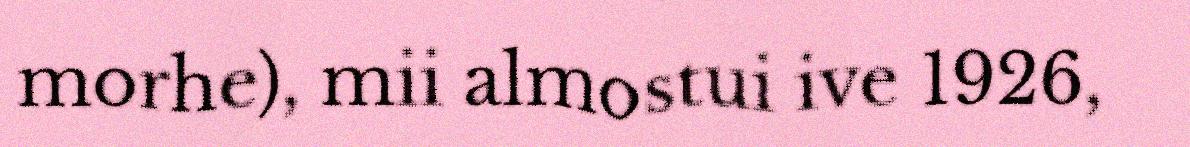
morhe), mii almostui ive 1926,